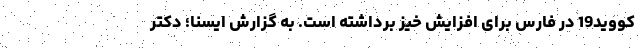
کووید19 در فارس برای افزایش خیز برداشته است. به گزارش ایسنا؛ دکتر